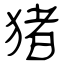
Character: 猪